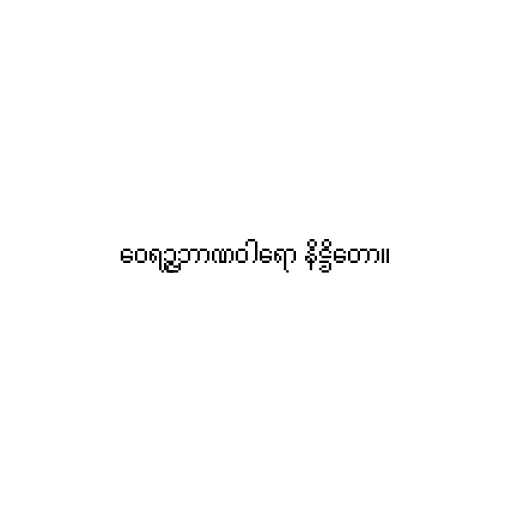
ဝေရဉ္ဇဘာဏဝါရော နိဋ္ဌိတော။